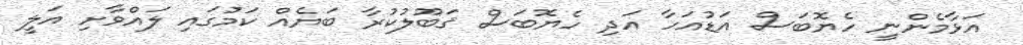
އަޅާމެންނީ ހެޔޮބަސް އަޑުއަހާ އަދި ހެޔޮބަސް ޤަބޫލުކުރާ ބަޔެއް ކަމުގައި ލައްވާށި އަލީ